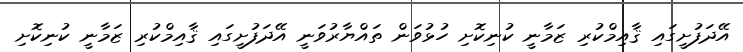
އޭދަފުށީގައި ޤާއިމްކުރި ޒަމާނީ ކުނިކޮށި ހުޅުވަން ތައްޔާރުވަނީ އޭދަފުށީގައި ޤާއިމްކުރި ޒަމާނީ ކުނިކޮށި